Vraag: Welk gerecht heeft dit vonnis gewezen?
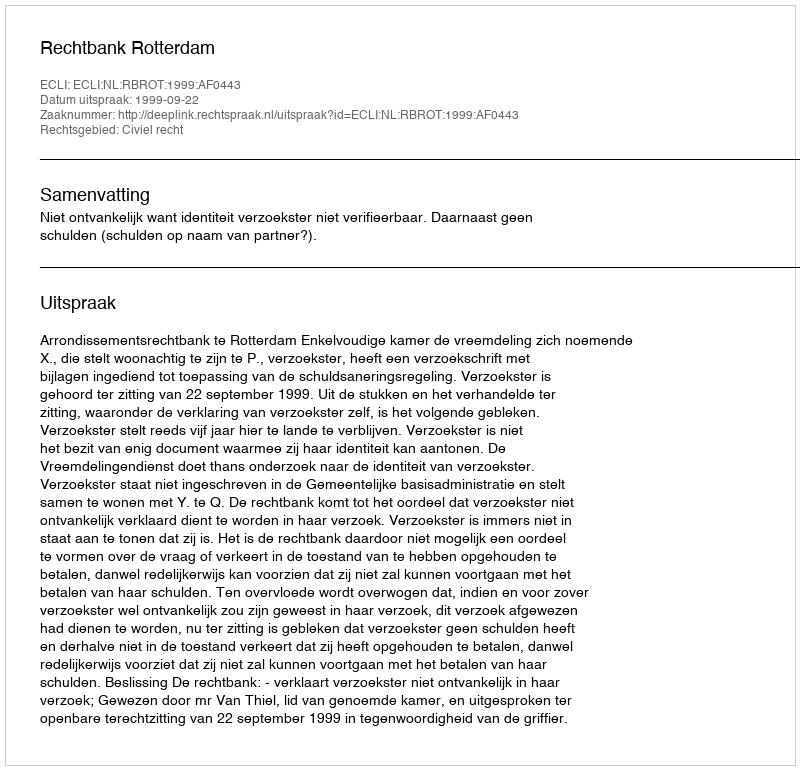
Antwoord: Rechtbank Rotterdam